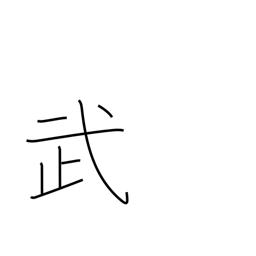
Meaning: military